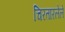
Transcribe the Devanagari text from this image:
चिरतारलेले